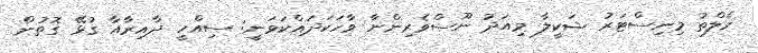
ހެލްތު މިނިސްޓަރު ޝަކީލާ މިއަދު ނޫސްވެރިންނާ ވާހަކަދައްކަވަނީ: ސިއްހީ ދާއިރާއާ ގުޅޭ ގޮތުން